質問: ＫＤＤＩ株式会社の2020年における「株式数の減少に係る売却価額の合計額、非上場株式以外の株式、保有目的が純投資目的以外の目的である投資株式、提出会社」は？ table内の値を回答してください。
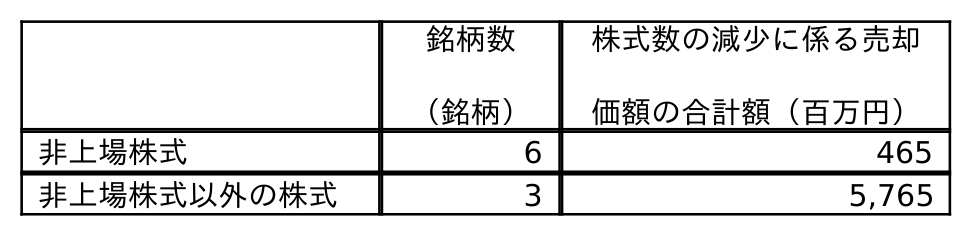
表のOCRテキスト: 銘柄数 （銘柄） 株式数の減少に係る売却 価額の合計額（百万円） 非上場株式 6 465 非上場株式以外の株式 3 5,765
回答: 5,765